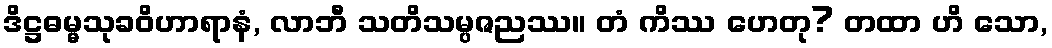
ဒိဋ္ဌဓမ္မသုခဝိဟာရာနံ, လာဘီ သတိသမ္ပဇညဿ။ တံ ကိဿ ဟေတု? တထာ ဟိ သော,